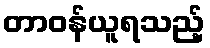
တာဝန်ယူရသည့်